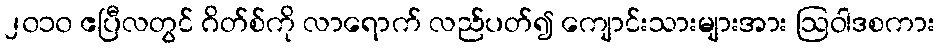
၂၀၁၀ ဧပြီလတွင် ဂိတ်စ်ကို လာရောက် လည်ပတ်၍ ကျောင်းသားများအား ဩဝါဒစကား